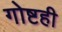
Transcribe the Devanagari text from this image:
गोष्टही